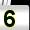
Digit: 5